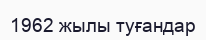
1962 жылы туғандар